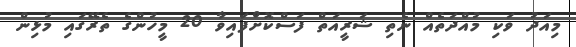
މިއަދު ވަކި މުއްދަތެއް ނެތި ޝަރީއަތް ފަސްކޮށްފައިވާ 20 މީހުންގެ ތެރޭގައި މުޅިން